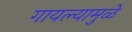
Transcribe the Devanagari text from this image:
गायल्यामुळे